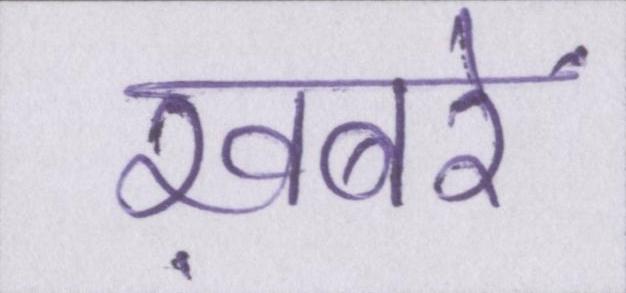
ख़बरें